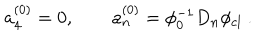
a _ { 4 } ^ { ( 0 ) } = 0 , \qquad a _ { n } ^ { ( 0 ) } = \phi _ { 0 } ^ { - 1 } D _ { n } \phi _ { \mathrm { c l } } \ .